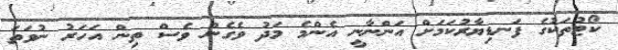
ކޯޓުތަކުގެ ފަނޑިޔާރުކަމަށް އަންނާނީ އެންމެ މަދު ވެގެން ވެސް ތިން އަހަރު ނުވަތަ